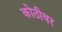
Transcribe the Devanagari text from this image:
कोठीवर